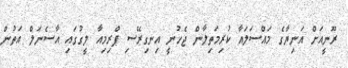
ރޫނީއަށް އަނިޔާގެ މައްސަލައާ ކުރިމަތިލާން ޖެހުނީ އިނގިރޭސި ޕްރިމިއާ ލީގުގައި އާސެނަލް އަތުން